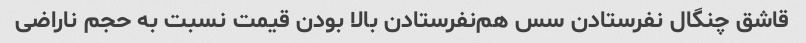
قاشق چنگال نفرستادن سس هم‌نفرستادن بالا بودن قیمت نسبت به حجم ناراضی